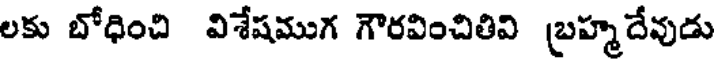
లకు బోధించి విశేషముగ గౌరవించితివి బ్రహ్మదేవుడు